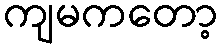
ကျမကတော့